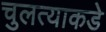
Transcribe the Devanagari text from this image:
चुलत्याकडे